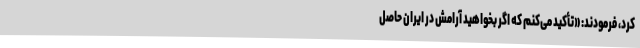
کرد، فرمودند: «تأکید می‌کنم‌ که‌ اگر بخواهید آرامش‌ در ایران‌ حاصل‌